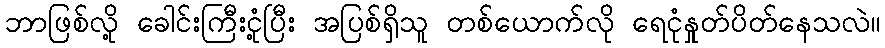
ဘာဖြစ်လို့ ခေါင်းကြီးငုံ့ပြီး အပြစ်ရှိသူ တစ်ယောက်လို ရေငုံနှုတ်ပိတ်နေသလဲ။